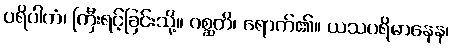
ပရိပါကံ၊ ကြီးရင့်ခြင်းသို့။ ဂစ္ဆတိ၊ ရောက်၏။ ယသပရိမာနေန၊